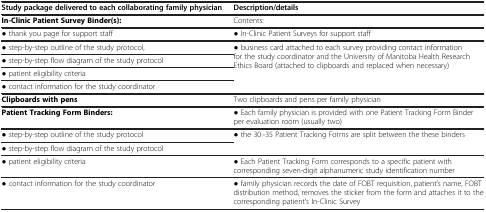
<table><thead><tr><td><b>Study package delivered to each collaborating family physician</b></td><td><b>Description/details</b></td></tr></thead><tbody><tr><td><b>In-Clinic Patient Survey Binder(s):</b></td><td>Contents:</td></tr><tr><td>● thank you page for support staff</td><td>● In-Clinic Patient Surveys for support staff</td></tr><tr><td>● step-by-step outline of the study protocol,</td><td rowspan="3">● business card attached to each survey providing contact information for the study coordinator and the University of Manitoba Health Research Ethics Board (attached to clipboards and replaced when necessary)</td></tr><tr><td>● step-by-step flow diagram of the study protocol</td></tr><tr><td>● patient eligibility criteria</td></tr><tr><td>● contact information for the study coordinator</td><td> </td></tr><tr><td><b>Clipboards with pens</b></td><td>Two clipboards and pens per family physician</td></tr><tr><td><b>Patient Tracking Form Binders:</b></td><td>● Each family physician is provided with one Patient Tracking Form Binder per evaluation room (usually two)</td></tr><tr><td>● step-by-step outline of the study protocol</td><td>● the 30–35 Patient Tracking Forms are split between the these binders</td></tr><tr><td>● step-by-step flow diagram of the study protocol</td><td> </td></tr><tr><td>● patient eligibility criteria</td><td>● Each Patient Tracking Form corresponds to a specific patient with corresponding seven-digit alphanumeric study identification number</td></tr><tr><td>● contact information for the study coordinator</td><td>● family physician records the date of FOBT requisition, patient’s name, FOBT distribution method, removes the sticker from the form and attaches it to the corresponding patient’s In-Clinic Survey</td></tr></tbody></table>